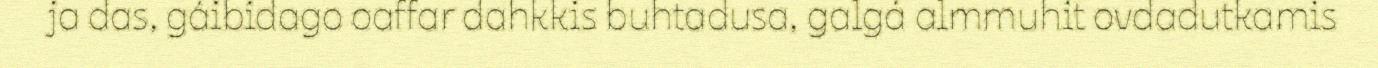
ja das, gáibidago oaffar dahkkis buhtadusa, galgá almmuhit ovdadutkamis